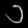
Digit: ၁